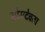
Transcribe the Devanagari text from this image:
सोमदेवता